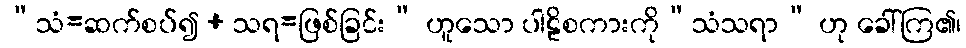
“သံ=ဆက်စပ်၍ + သရ=ဖြစ်ခြင်း” ဟူသော ပါဠိစကားကို“သံသရာ” ဟု ခေါ်ကြ၏၊